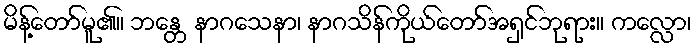
မိန့်တော်မူ၏။ ဘန္တေ နာဂသေနာ၊ နာဂသိန်ကိုယ်တော်အရှင်ဘုရား။ ကလ္လော၊